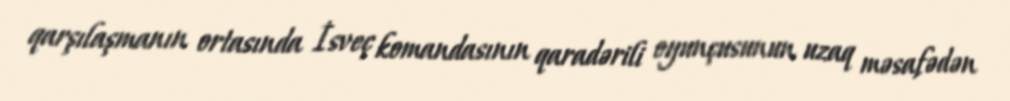
qarşılaşmanın ortasında İsveç komandasının qaradərili oyunçusunun uzaq məsafədən